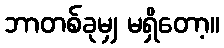
ဘာတစ်ခုမျှ မရှိတော့။